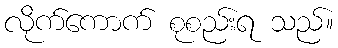
လိုက်ကောက် စုစည်းရ သည်။